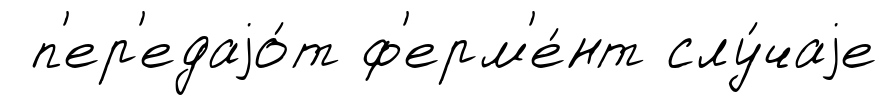
п'ер'едаjо́т ф'ерм'е́нт слу́чаjе